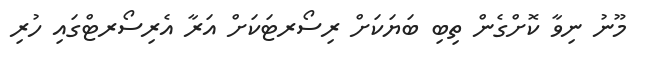
މޫނު ނިވާ ކޮށްގެން ތިބި ބަޔަކަށް ރިސޯރޓަކަށް އަރާ އެރިސޯރޓްގައި ހުރި